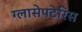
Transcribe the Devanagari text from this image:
ग्लासेपटेरिस